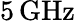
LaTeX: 5\, \mathrm{GHz}